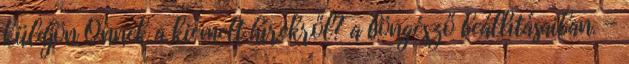
küldjön Önnek a kiemelt hírekről? a böngésző beállításaiban. —